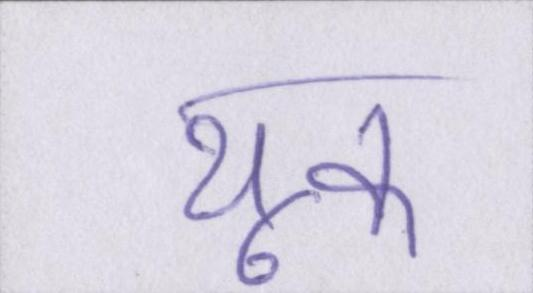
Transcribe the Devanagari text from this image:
थूक